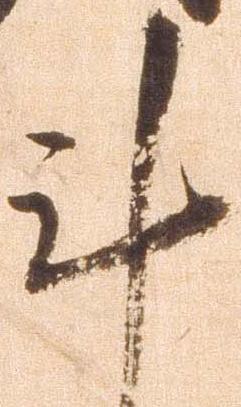
計